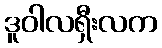
ဒူဝါလရှီးလက